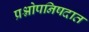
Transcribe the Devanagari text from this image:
प्रश्नोपनिषदात